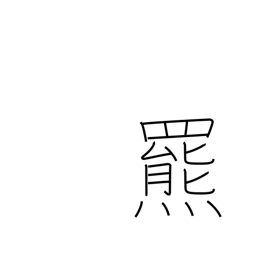
Meaning: brown bear